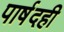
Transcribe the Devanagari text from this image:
पार्षदही